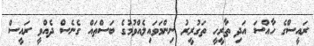
ރައީސްގެ ހާއްސަ އަދި ތާރީހީ ތަގުރީރު ނިންމަވައިލެއްވުމުގެ ބަސްތައް ގެނެސް ދެއްވީ ރައީސް